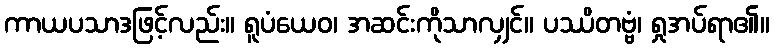
ကာယပသာဒဖြင့်လည်း။ ရူပံယေဝ၊ အဆင်းကိုသာလျှင်။ ပဿိတဗ္ဗံ၊ ရှုအပ်ရာ၏။